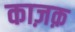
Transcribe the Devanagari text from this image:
काज़क़